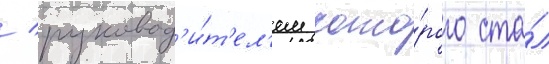
/ руковод'и́т'ел'ем кото́рого ста́л